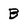
Character: B